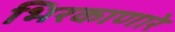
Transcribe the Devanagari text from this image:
भिरकाणारे